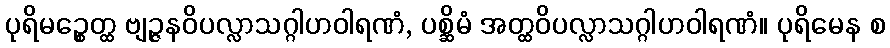
ပုရိမဉ္စေတ္ထ ဗျဉ္ဇနဝိပလ္လာသဂ္ဂါဟဝါရဏံ, ပစ္ဆိမံ အတ္ထဝိပလ္လာသဂ္ဂါဟဝါရဏံ။ ပုရိမေန စ